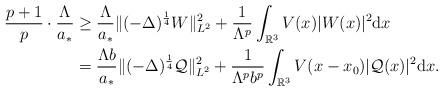
LaTeX: \begin{align*}\frac{p+1}{p} \cdot \frac{\Lambda}{a_{*}} & \geq \frac{\Lambda}{a_{*}}\|(-\Delta)^{\frac{1}{4}}W\|_{L^{2}}^2 + \frac{1}{\Lambda^p}\int_{\mathbb{R}^{3}}V(x)|W(x)|^{2}{\rm d}x \\& = \frac{\Lambda b}{a_{*}}\|(-\Delta)^{\frac{1}{4}}\mathcal{Q}\|_{L^{2}}^2 + \frac{1}{\Lambda^p b^p}\int_{\mathbb{R}^{3}}V(x-x_0)|\mathcal{Q}(x)|^{2}{\rm d}x. \end{align*}